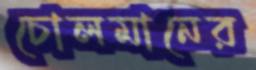
চোলমানের